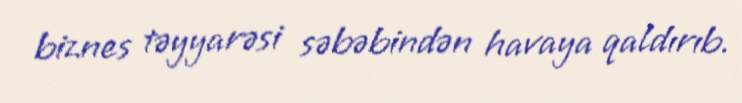
biznes təyyarəsi səbəbindən havaya qaldırıb.